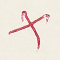
X